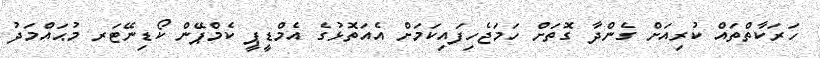
ހަރަކާތްތައް ކުރިއަށް ގެންދާ ގޮތަށް ހަމަޖެހިފައިކަމަށް އެއަތޮޅުގެ އެމްޑީޕީ ކެމްޕޭން ކޯޑިނޭޓަރ މުޙައްމަދު